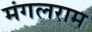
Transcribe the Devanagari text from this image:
मंगलराम